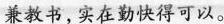
兼教书，实在勤快得可以。